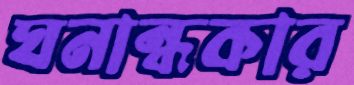
ঘনান্ধকার